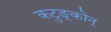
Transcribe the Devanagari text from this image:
कटुङ्कोन्